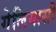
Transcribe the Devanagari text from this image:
गेलियासी